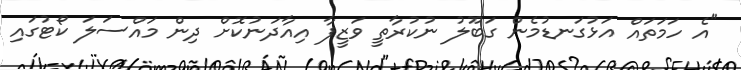
"އެ ހަމަތައް އަޅުގަނޑުމެން ގަބޫލު ނުކުރާތީ ވަޒީފާ އިއާދަނުކޮށް ދިން މައްސަލަ ކޯޓުގައި